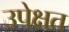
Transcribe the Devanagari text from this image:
उपेक्षत